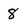
Character: 8